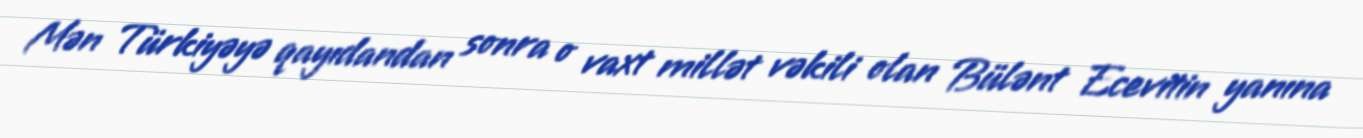
Mən Türkiyəyə qayıdandan sonra o vaxt millət vəkili olan Bülənt Ecevitin yanına